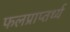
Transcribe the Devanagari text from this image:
फलप्राप्तर्थ्य